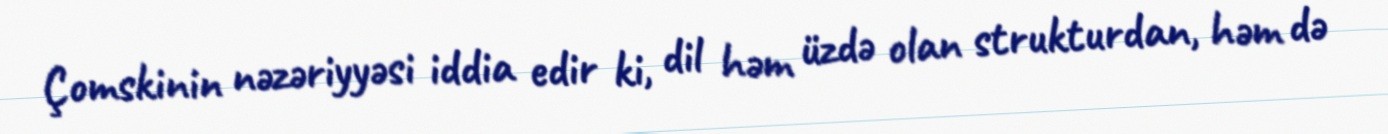
Çomskinin nəzəriyyəsi iddia edir ki, dil həm üzdə olan strukturdan, həm də